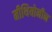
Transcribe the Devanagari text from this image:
मीथियोनीन